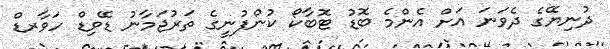
ދުނިޔޭގެ ދެވަނަ އަށް އެންމެ ބޮޑު ޓޮބާކޯ ކުންފުނީގެ ތަރުޖަމާނު ޑޭވިޑް ހަވާރޑް